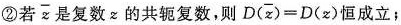
②若 $$\overline { z }$$ 是复数z的共轭复数，则$$D（\overline{ z } ) = D